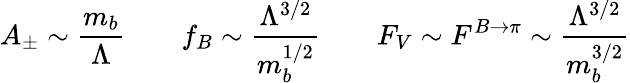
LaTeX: A_{\pm}\sim\frac{m_{b}}{\Lambda}\qquad f_{B}\sim\frac{\Lambda^{3/2}}{m_{b}^{1/2}}\qquad F_{V}\sim F^{B\to\pi}\sim\frac{\Lambda^{3/2}}{m_{b}^{3/2}}